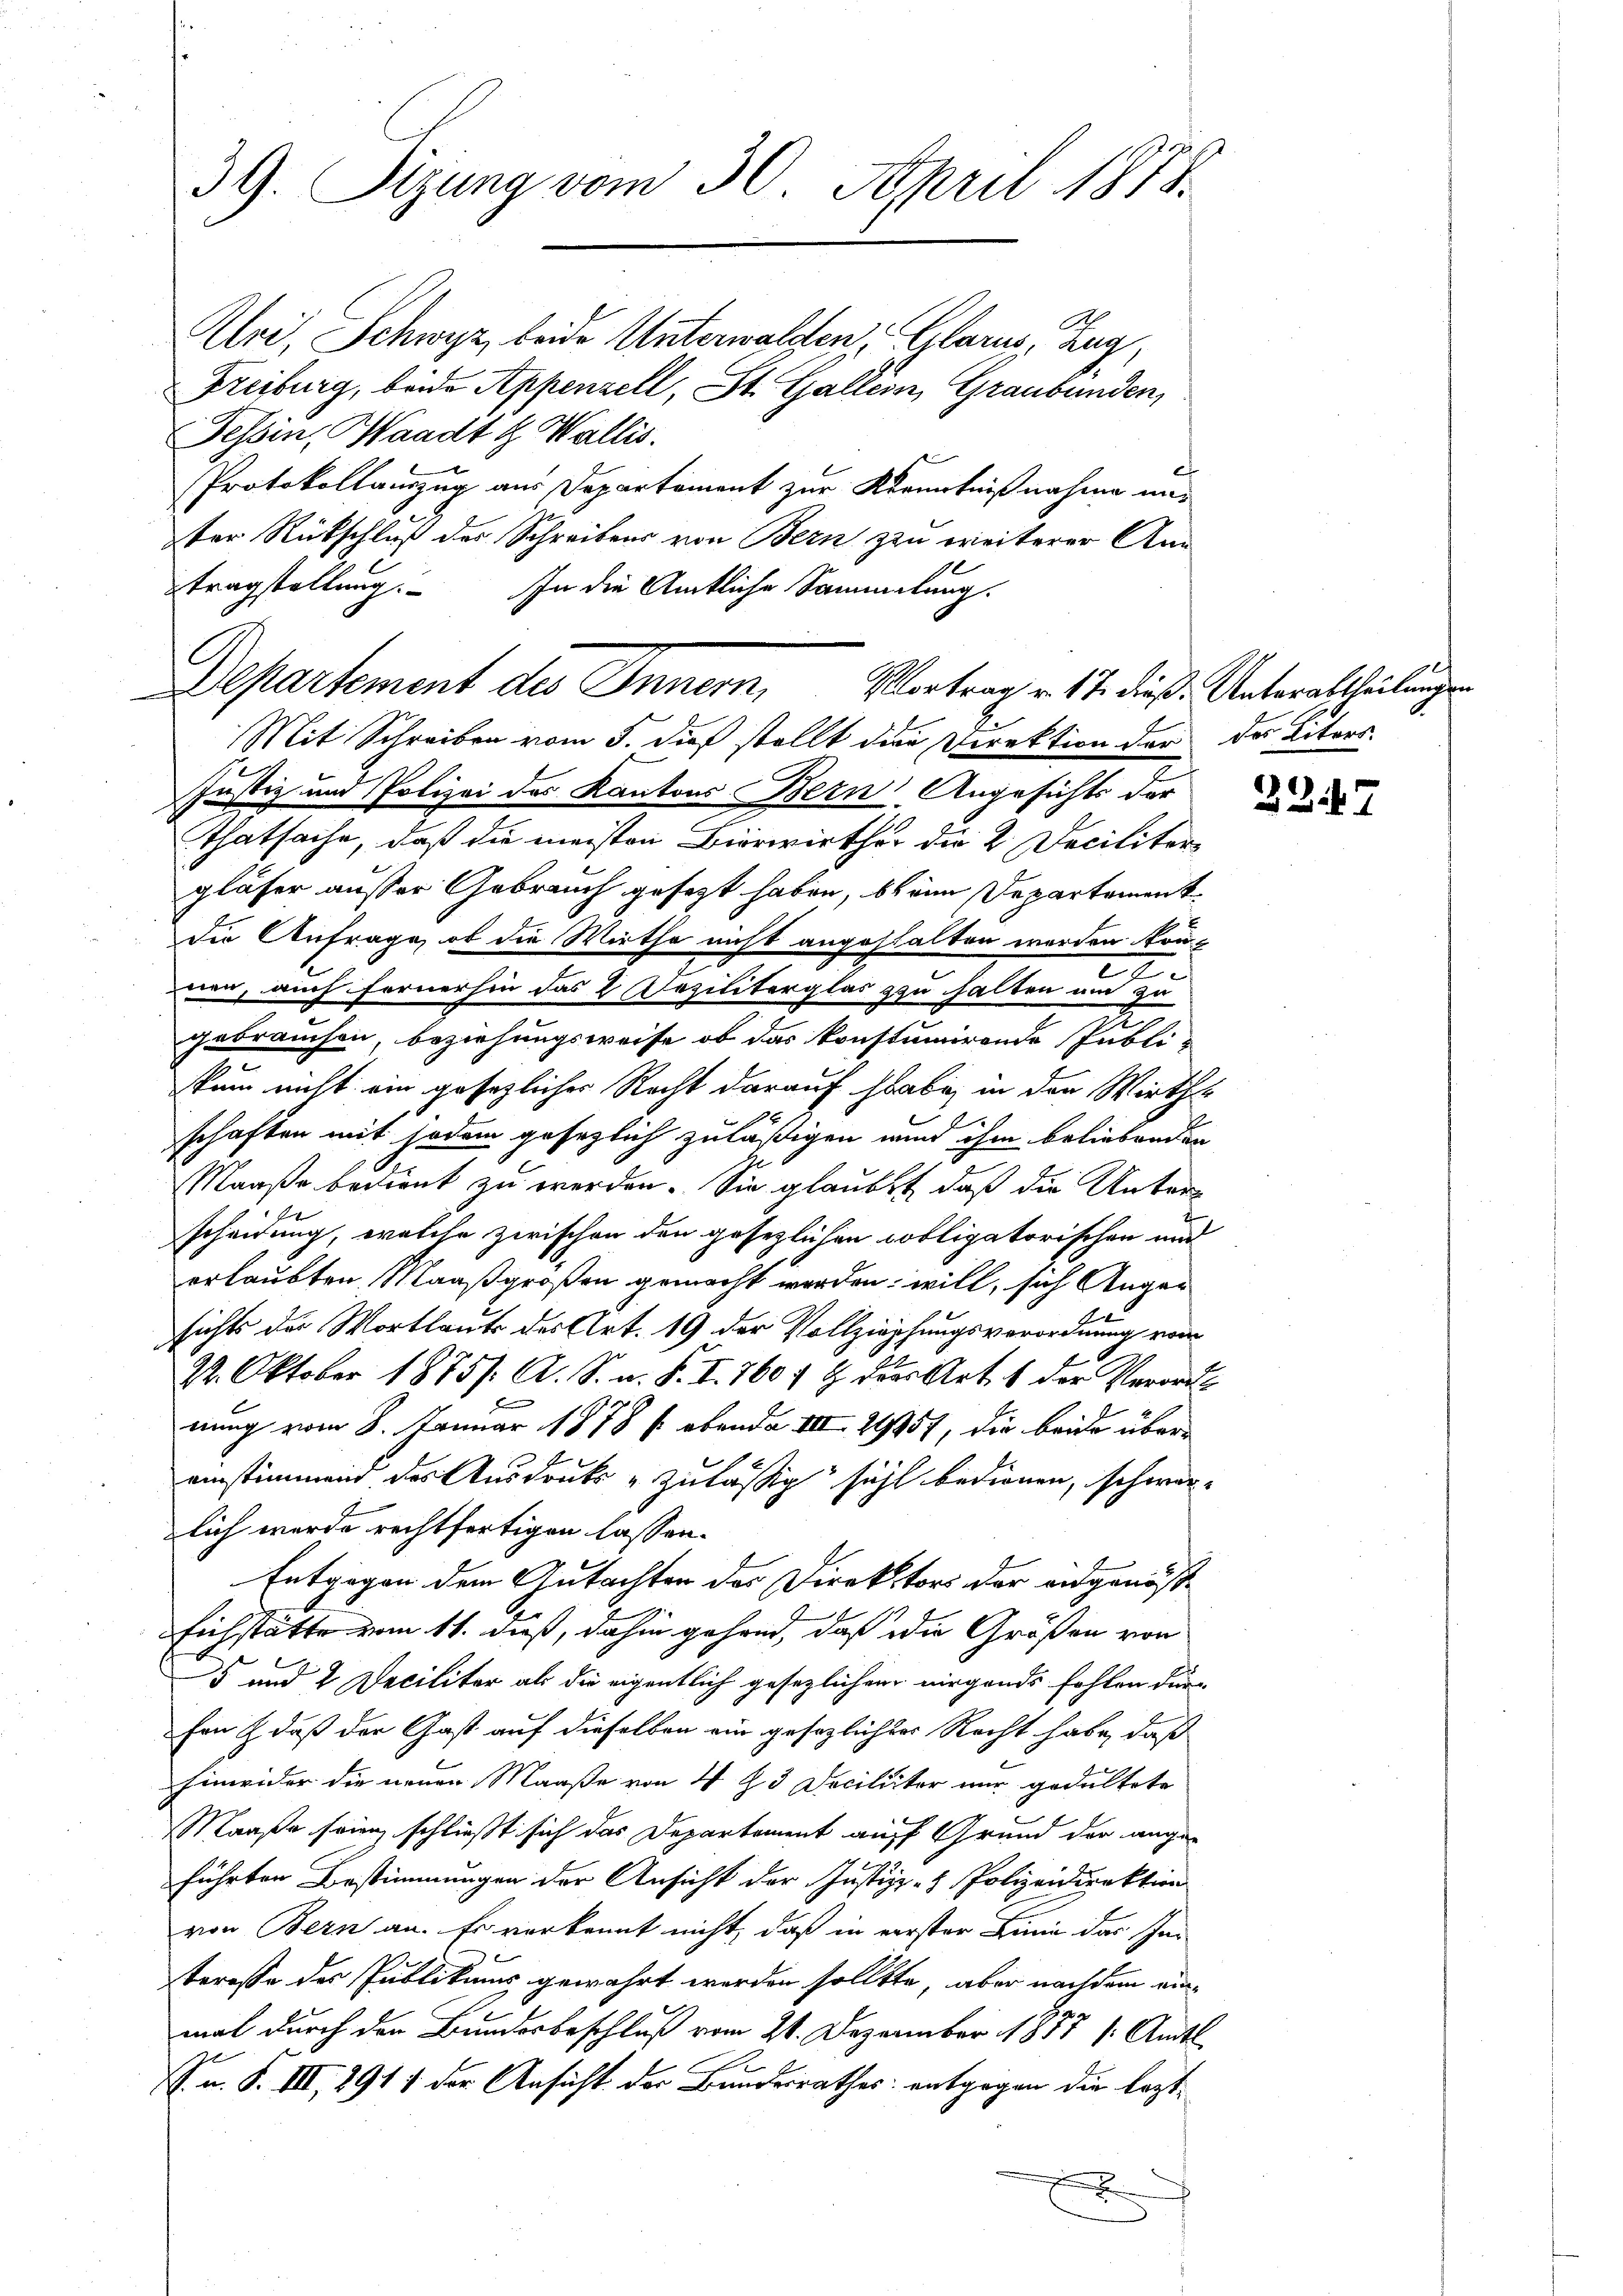
39. Sizung vom 30. April 1818.

Alri, Schwyz, beide Unterwalden, Glarus, Zug,
Freiburg, beide Appenzell, St. Gallein, Graubünden,
Tessin, Waadt & Wallis.
Protokollauszug aus Departement zur Kenntnißnahme uns
ter Rückschluß der Schreibens von Bern zu weiterer Ann
tragstellung. In die Amtliche Sammlung.
Mit Schreiben vom 5. dieß stellt die Direktion der der Liters¬
Justiz und Polizei des Kantons Bern Angesichts der
Thatsache, daß die meisten Bierwirther die 2. Decilitär
gläser ausser Gebrauch gesezt haben, beim Departement
die Anfrage, ob die Wirthe nicht angestalten werden kon¬
22.
nen, auch fernerhin das 2 Deziliterglas zu halten um zu
gebrauchen, beziehungsweise, ob das konstimirende Publi-
stum nicht ein gesezliches Recht darauf habe in den Wirths
x
schaften mit jedem gesezlich zuläßigen wird ihm beliebenden
Maaße bedient zu werden. Sie glaubt, daß die Unterscheidung, welche zwischen den gesezlichen Cobligatorischen und
erlaubten Maaßgroßen gemacht worden will, sich Ange¬
1
sichts der Wortlaut des Art. 19 der Vollziehungsverordnung vom
22. Oktober 1875/. A. S. n. F. I. 760 f 9 des Art. 1 der Verordnung vom 8. Januar 1878 s. ebenda VIII 29357, die beide übereinstimmend das Ausdrucks u zuläßig sicht bedienen, schwer
lich wurde rechtfertigen lassen.
Entgegen dem Gutachten des Direktors der angenösse
Eichstätte vom 11. daß, dahin gehend, daß die Größen von
5 und 2 Deciliter als die eigentlich gesezlichen nirgends fohlen dürfon & daß der Gast auf dieselben ein gesezlichtes Recht habe, daß
hinweider die neuen Maaße von I § 3 Deciliiter nur gedultete
Maaße sein schließt sich das Departement auff Grund der angeführten Bestimmungen der Ansicht der Justiz- & Polizeidirektion
von Bern an. Es verkannt nicht, daß in verster Linie das Interesse des Publikums gewährt werden sollte, aber nachdem eine
mal durch den Bundesbeschluß vom 21. Dezember 1811 / Amtl
S. n. F. III, 291 / der Ansicht der Bundesrathes: entgegen die leztx

Departement des Innern,

Vortrag v. 17. dieß: Unterabtheilungen

227